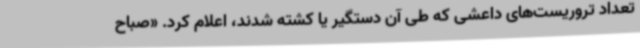
تعداد تروریست‌های داعشی که طی آن دستگیر یا کشته شدند، اعلام کرد. «صباح